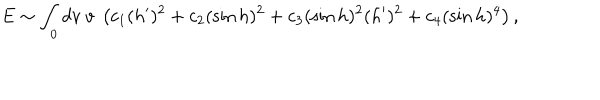
E \sim \int _ { 0 } d v ~ v ~ \left( c _ { 1 } ( h ^ { \prime } ) ^ { 2 } + c _ { 2 } ( \sin h ) ^ { 2 } + c _ { 3 } ( \sin h ) ^ { 2 } ( h ^ { \prime } ) ^ { 2 } + c _ { 4 } ( \sin h ) ^ { 4 } \right) ,